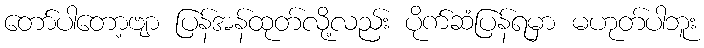
တော်ပါတော့ဗျာ ပြန်အန်ထုတ်လို့လည်း ပိုက်ဆံပြန်ရမှာ မဟုတ်ပါဘူး